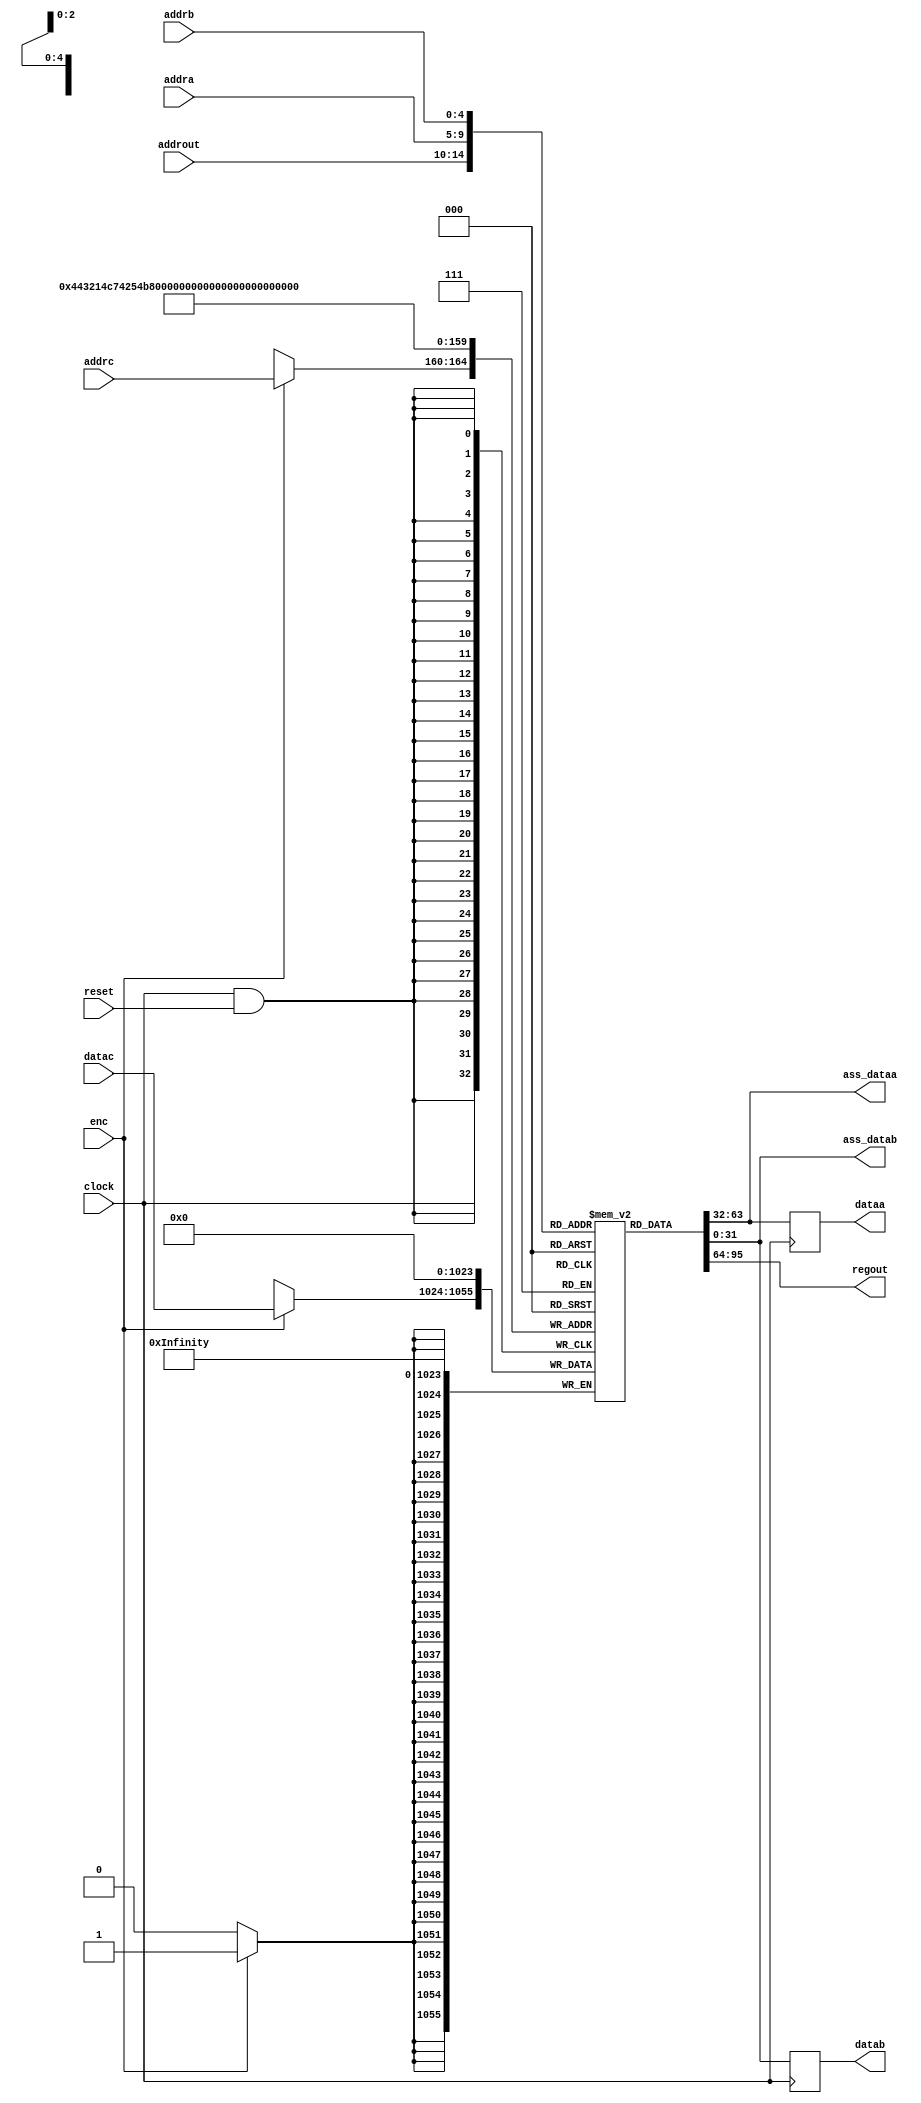
module Registers(clock, reset, addra, dataa, ass_dataa, addrb, datab, ass_datab, enc, addrc, datac, addrout, regout);

//-------------------------------------inputs----------------------
	input		clock;
	input		reset;
	input	[4:0]	addra;
	input	[4:0]	addrb;
	input 		enc;
	input	[4:0]	addrc;
	input	[31:0]	datac;
	input 	[4:0]		addrout;

//-----------------------------------outputs-----------------------

	output reg  [31:0]	dataa;
	output reg  [31:0]	datab;
	output reg  [31:0]	ass_dataa;
	output reg  [31:0]	ass_datab;
	output 		[31:0]	regout;

//---------------------------------registers-----------------------

	reg	[31:0]	registers [31:0];

//------------------------------auxiliares-------------------------


	parameter	number_of_registers = 32;
//-----------------------REGISTERS BANKS---------------------------


assign regout = registers[addrout];

always @(posedge clock) begin

	dataa <= registers[addra];
	datab <= registers[addrb];

end

always @(posedge clock )begin

	if (enc == 1'b1)begin

		registers [addrc] <= datac;

	end

end

// entrega 5
always @(addra) begin

	ass_dataa <= registers [addra];

end

// entrega 5
always @(addrb) begin

	ass_datab <= registers [addrb];

end

genvar counter;
generate


	for (counter = 0; counter < number_of_registers ; counter = counter + 1)begin: RST

		always @(negedge clock  &&  reset) begin

			registers [counter] <= 32'b0;

		end

	end

endgenerate
endmodule